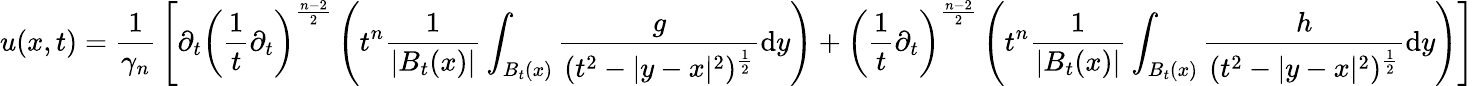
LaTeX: u(x,t)={\frac{1}{\gamma_{n}}}\left[\partial_{t}\left({\frac{1}{t}}\partial_{t}\right)^{\frac{n-2}{2}}\left(t^{n}{\frac{1}{|B_{t}(x)|}}\int_{B_{t}(x)}{\frac{g}{(t^{2}-|y-x|^{2})^{\frac{1}{2}}}}\mathrm{d}y\right)+\left({\frac{1}{t}}\partial_{t}\right)^{\frac{n-2}{2}}\left(t^{n}{\frac{1}{|B_{t}(x)|}}\int_{B_{t}(x)}{\frac{h}{(t^{2}-|y-x|^{2})^{\frac{1}{2}}}}\mathrm{d}y\right)\right]